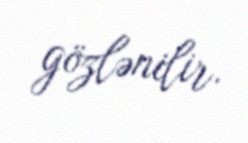
gözlənilir.